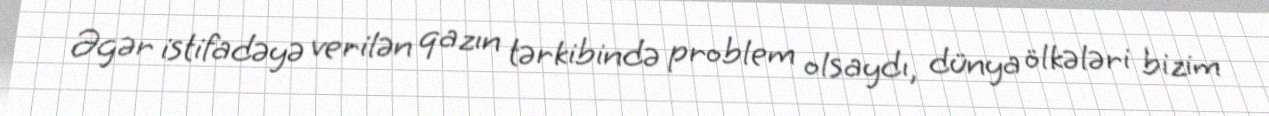
Əgər istifadəyə verilən qazın tərkibində problem olsaydı, dünya ölkələri bizim